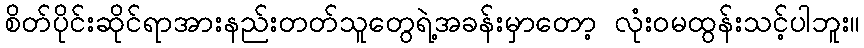
စိတ်ပိုင်းဆိုင်ရာအားနည်းတတ်သူတွေရဲ့အခန်းမှာတော့ လုံးဝမထွန်းသင့်ပါဘူး။